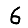
Digit: 6